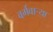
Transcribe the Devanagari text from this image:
वर्गवार्‍या